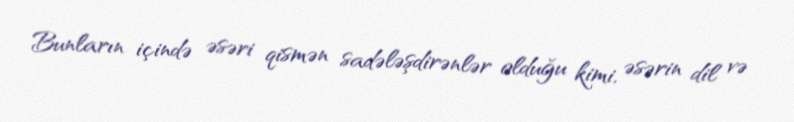
Bunların içində əsəri qismən sadələşdirənlər olduğu kimi, əsərin dil və